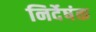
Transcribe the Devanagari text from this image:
निर्देषंक